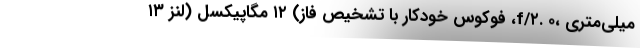
میلی‌متری ،f/۲. ۰، فوکوس خودکار با تشخیص فاز) ۱۲ مگاپیکسل (لنز ۱۳